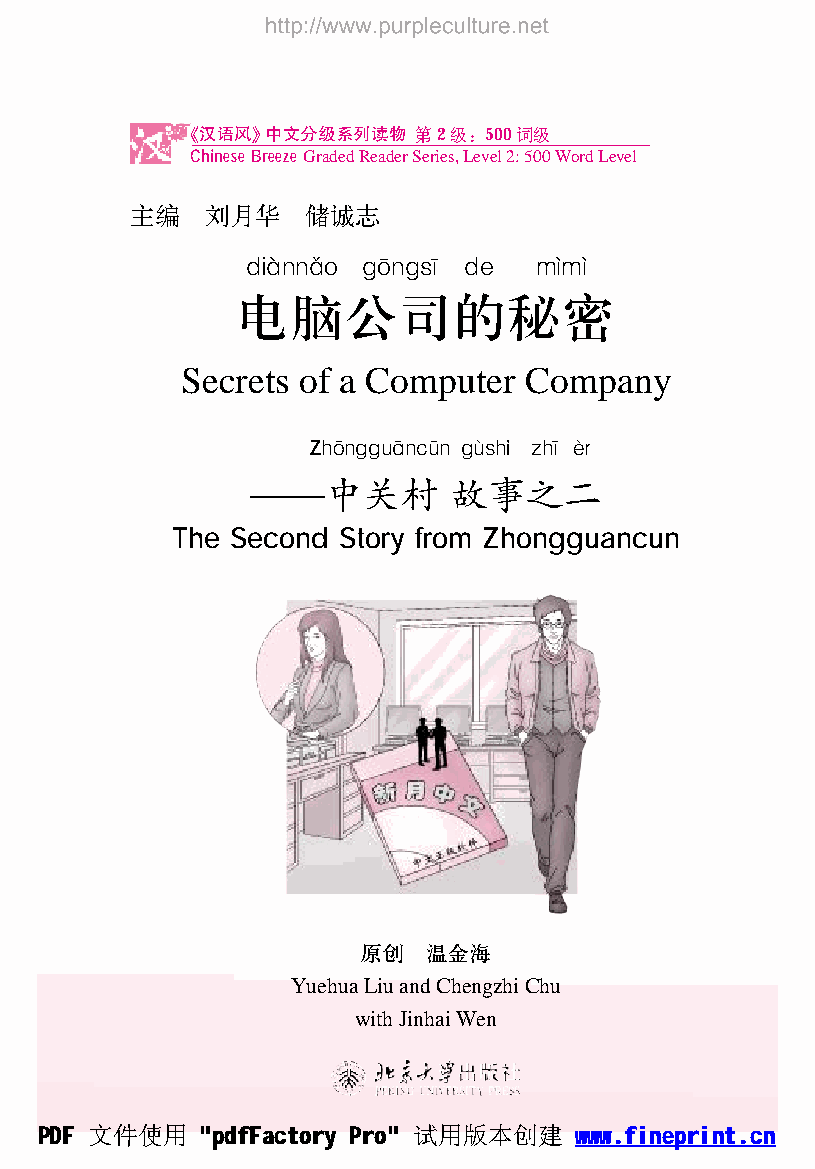
叶汉语风曳中文分级系列读物 第2级：500词级
 Chinese Breeze GradedReaderSeries,Level2:500WordLevel
 主编   刘月华   储诚志
 凿蚤伽灶灶伲燥 倮侪灶倮泽侃 凿藻  皂佻皂佻
 电脑公司的秘密
 Secrets of a Computer  Company
 Z澡侪灶倮倮怎佟灶糟俦灶 倮俅泽澡i 扎澡侃 侉则
 要要要中关村       故事之二
 The Second Story from Zhongguancun
 原创  温金海
 YuehuaLiuandChengzhiChu
 withJinhaiWen
 PDF 文件使用   "pdfFactory Pro" 试用版本创建  www.fineprint.cn